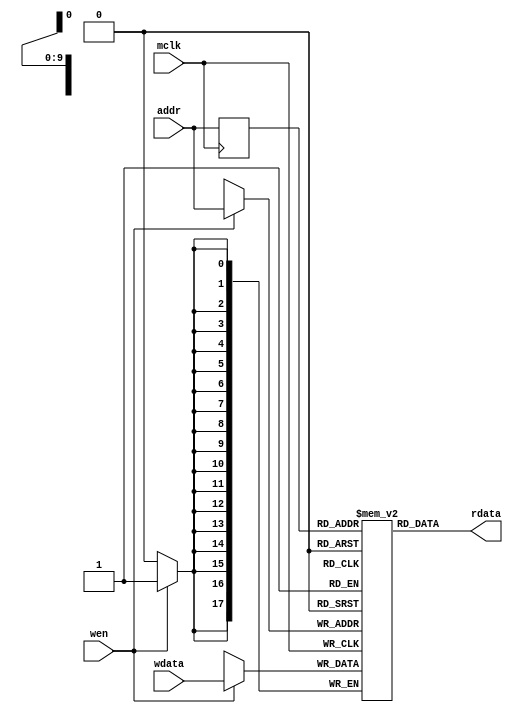

//
// most FPGA, actel , xilinx, lattice support 1Kx18 blocks
// we use single port 1Kx18 block for our DSD cores
// 
module ram1Kx18(
input mclk,
input wen,
input [9:0] addr,
input [17:0] wdata,
output [17:0] rdata);

reg [9:0] addr_reg;
reg [17:0] mem [0:1023];

assign rdata = mem[addr_reg];      //already pipelined here

always@(posedge mclk)
    begin
    addr_reg <= addr;
    if(wen) mem[addr] <= wdata;
    end

endmodule